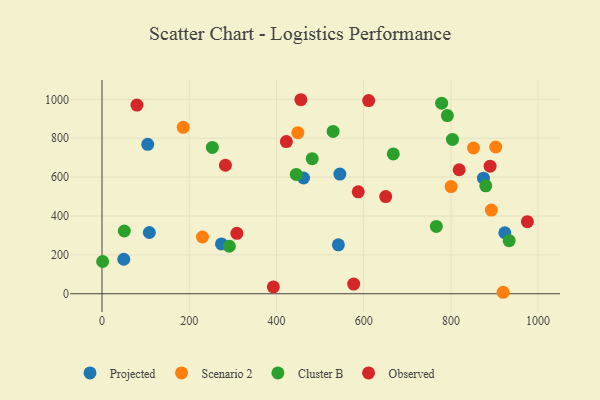
{"axis": {"x": "Distance", "y": "Sales"}, "legend": ["Cluster B", "Observed", "Projected", "Scenario 2"], "data": [{"x": "923.6", "y": 313.9, "type": "Projected"}, {"x": "545.4", "y": 615.8, "type": "Projected"}, {"x": "542.0", "y": 251.6, "type": "Projected"}, {"x": "49.9", "y": 177.5, "type": "Projected"}, {"x": "104.8", "y": 768.8, "type": "Projected"}, {"x": "462.2", "y": 595.4, "type": "Projected"}, {"x": "273.9", "y": 256.1, "type": "Projected"}, {"x": "874.7", "y": 594.8, "type": "Projected"}, {"x": "108.5", "y": 315.2, "type": "Projected"}, {"x": "919.8", "y": 7.6, "type": "Scenario 2"}, {"x": "892.7", "y": 430.7, "type": "Scenario 2"}, {"x": "186.1", "y": 856.0, "type": "Scenario 2"}, {"x": "851.8", "y": 749.7, "type": "Scenario 2"}, {"x": "902.8", "y": 754.9, "type": "Scenario 2"}, {"x": "449.0", "y": 828.8, "type": "Scenario 2"}, {"x": "230.3", "y": 292.0, "type": "Scenario 2"}, {"x": "800.5", "y": 551.3, "type": "Scenario 2"}, {"x": "291.9", "y": 244.4, "type": "Cluster B"}, {"x": "778.8", "y": 980.6, "type": "Cluster B"}, {"x": "880.0", "y": 555.1, "type": "Cluster B"}, {"x": "51.2", "y": 322.8, "type": "Cluster B"}, {"x": "482.0", "y": 694.6, "type": "Cluster B"}, {"x": "529.9", "y": 835.1, "type": "Cluster B"}, {"x": "1.4", "y": 165.9, "type": "Cluster B"}, {"x": "791.9", "y": 916.6, "type": "Cluster B"}, {"x": "766.6", "y": 346.2, "type": "Cluster B"}, {"x": "253.0", "y": 752.6, "type": "Cluster B"}, {"x": "445.4", "y": 614.0, "type": "Cluster B"}, {"x": "803.6", "y": 793.9, "type": "Cluster B"}, {"x": "667.9", "y": 719.4, "type": "Cluster B"}, {"x": "933.6", "y": 272.9, "type": "Cluster B"}, {"x": "422.7", "y": 782.8, "type": "Observed"}, {"x": "889.9", "y": 656.5, "type": "Observed"}, {"x": "587.5", "y": 524.4, "type": "Observed"}, {"x": "309.2", "y": 311.1, "type": "Observed"}, {"x": "392.9", "y": 35.1, "type": "Observed"}, {"x": "611.4", "y": 993.9, "type": "Observed"}, {"x": "283.0", "y": 661.0, "type": "Observed"}, {"x": "577.1", "y": 50.0, "type": "Observed"}, {"x": "80.1", "y": 970.4, "type": "Observed"}, {"x": "975.4", "y": 370.8, "type": "Observed"}, {"x": "456.0", "y": 998.1, "type": "Observed"}, {"x": "819.0", "y": 637.8, "type": "Observed"}, {"x": "650.5", "y": 500.0, "type": "Observed"}]}